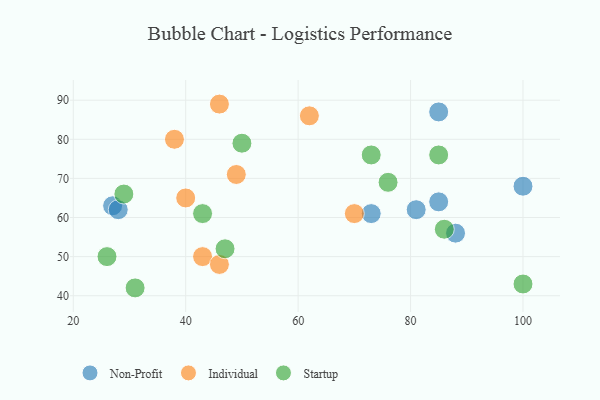
{"axis": {"x": "GDP", "y": "Life Expectancy"}, "legend": ["Individual", "Non-Profit", "Startup"], "data": [{"x": "27", "y": 63, "type": "Non-Profit"}, {"x": "28", "y": 62, "type": "Non-Profit"}, {"x": "73", "y": 61, "type": "Non-Profit"}, {"x": "88", "y": 56, "type": "Non-Profit"}, {"x": "81", "y": 62, "type": "Non-Profit"}, {"x": "85", "y": 87, "type": "Non-Profit"}, {"x": "85", "y": 64, "type": "Non-Profit"}, {"x": "100", "y": 68, "type": "Non-Profit"}, {"x": "70", "y": 61, "type": "Individual"}, {"x": "43", "y": 50, "type": "Individual"}, {"x": "40", "y": 65, "type": "Individual"}, {"x": "46", "y": 89, "type": "Individual"}, {"x": "38", "y": 80, "type": "Individual"}, {"x": "46", "y": 48, "type": "Individual"}, {"x": "62", "y": 86, "type": "Individual"}, {"x": "49", "y": 71, "type": "Individual"}, {"x": "47", "y": 52, "type": "Startup"}, {"x": "50", "y": 79, "type": "Startup"}, {"x": "29", "y": 66, "type": "Startup"}, {"x": "26", "y": 50, "type": "Startup"}, {"x": "85", "y": 76, "type": "Startup"}, {"x": "73", "y": 76, "type": "Startup"}, {"x": "43", "y": 61, "type": "Startup"}, {"x": "76", "y": 69, "type": "Startup"}, {"x": "100", "y": 43, "type": "Startup"}, {"x": "86", "y": 57, "type": "Startup"}, {"x": "31", "y": 42, "type": "Startup"}]}